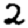
Digit: 2